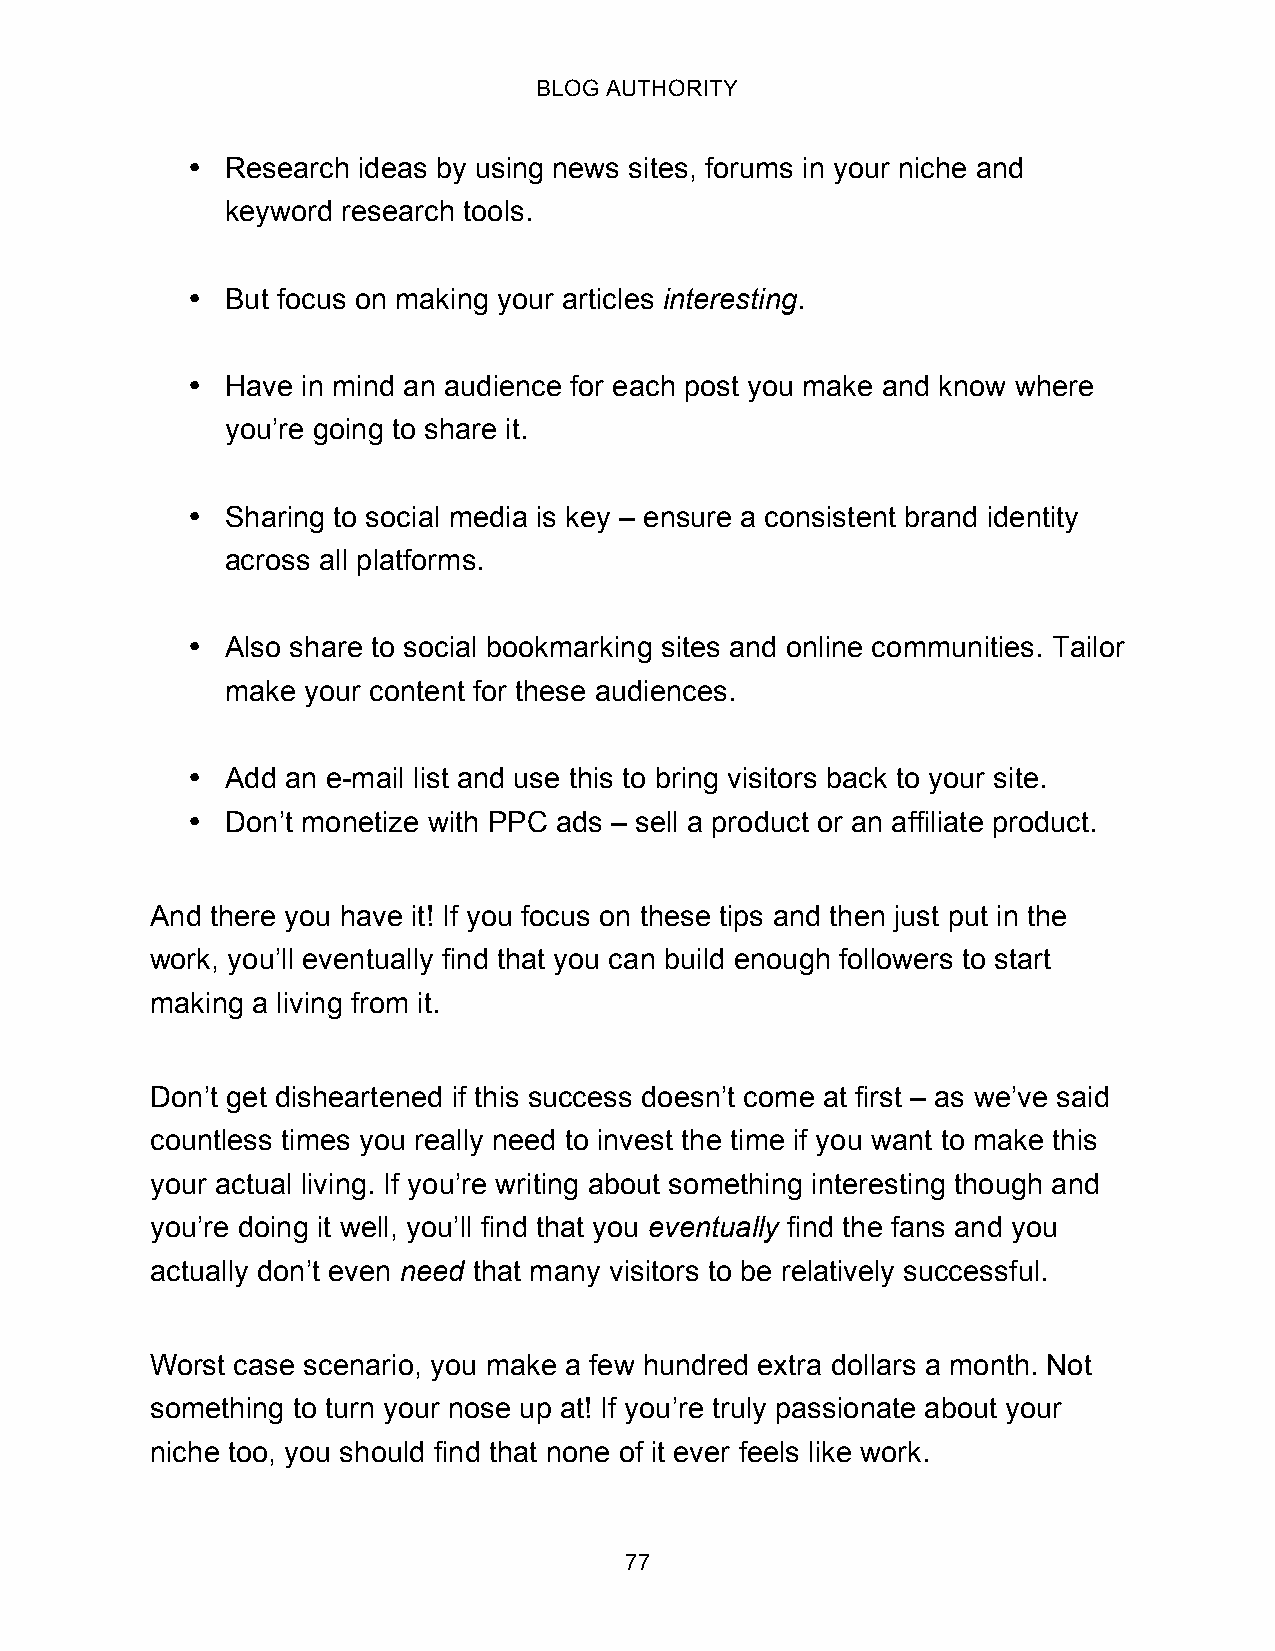
BLOG AUTHORITY
 •  Research ideas by using news sites, forums in your niche and
 keyword research tools.
 •  But focus on making your articles interesting.
 •  Have in mind an audience for each post you make and know where
 you’re going to share it.
 •  Sharing to social media is key – ensure a consistent brand identity
 across all platforms.
 •  Also share to social bookmarking sites and online communities. Tailor
 make your content for these audiences.
 •  Add an e-mail list and use this to bring visitors back to your site.
 •  Don’t monetize with PPC ads – sell a product or an affiliate product.
 And there you have it! If you focus on these tips and then just put in the
 work, you’ll eventually find that you can build enough followers to start
 making a living from it.
 Don’t get disheartened if this success doesn’t come at first – as we’ve said
 countless times you really need to invest the time if you want to make this
 your actual living. If you’re writing about something interesting though and
 you’re doing it well, you’ll find that you eventually find the fans and you
 actually don’t even need that many visitors to be relatively successful.
 Worst case scenario, you make a few hundred extra dollars a month. Not
 something to turn your nose up at! If you’re truly passionate about your
 niche too, you should find that none of it ever feels like work.
 77